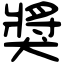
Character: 獎